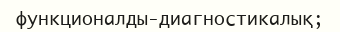
функционалды-диагностикалық;